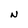
Character: N